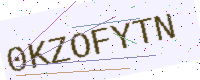
Text: 0KZOFYTN